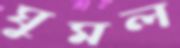
ঘুমল